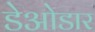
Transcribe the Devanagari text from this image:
डेओडार